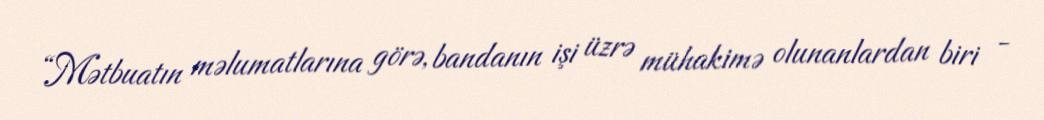
“Mətbuatın məlumatlarına görə, bandanın işi üzrə mühakimə olunanlardan biri -